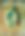
র